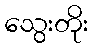
သွေးတိုး